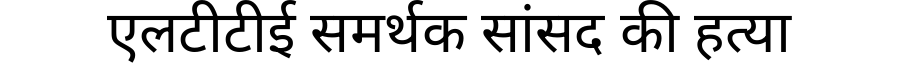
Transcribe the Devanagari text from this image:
एलटीटीई समर्थक सांसद की हत्या